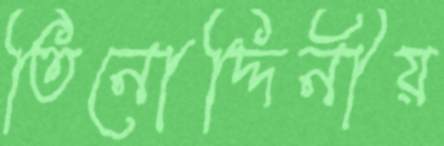
তিনোদ্দিনীয়